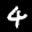
Label: 4